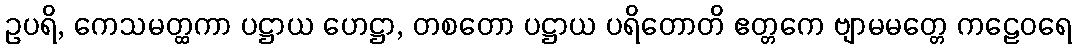
ဥပရိ, ကေသမတ္ထကာ ပဋ္ဌာယ ဟေဋ္ဌာ, တစတော ပဋ္ဌာယ ပရိတောတိ ဧတ္တကေ ဗျာမမတ္တေ ကဠေဝရေ